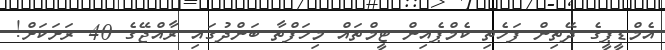
އެމްޑީޕީގެ ދޭތިން ފަހެތި ކެމްޕެއިން ޓީމްތައް މިހަފްތާ ބަންދުގައި ރާއްޖޭގެ 40 ރަށަކަށް!